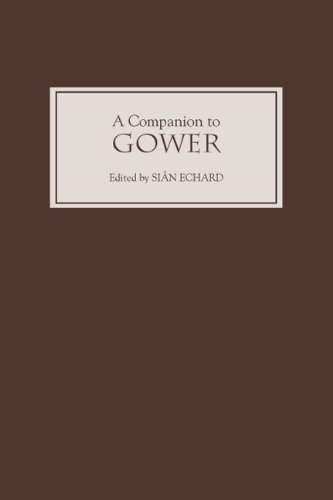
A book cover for A Companion to Gower; Literature & Fiction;